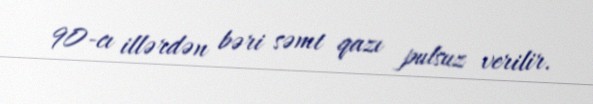
90-cı illərdən bəri səmt qazı pulsuz verilir.